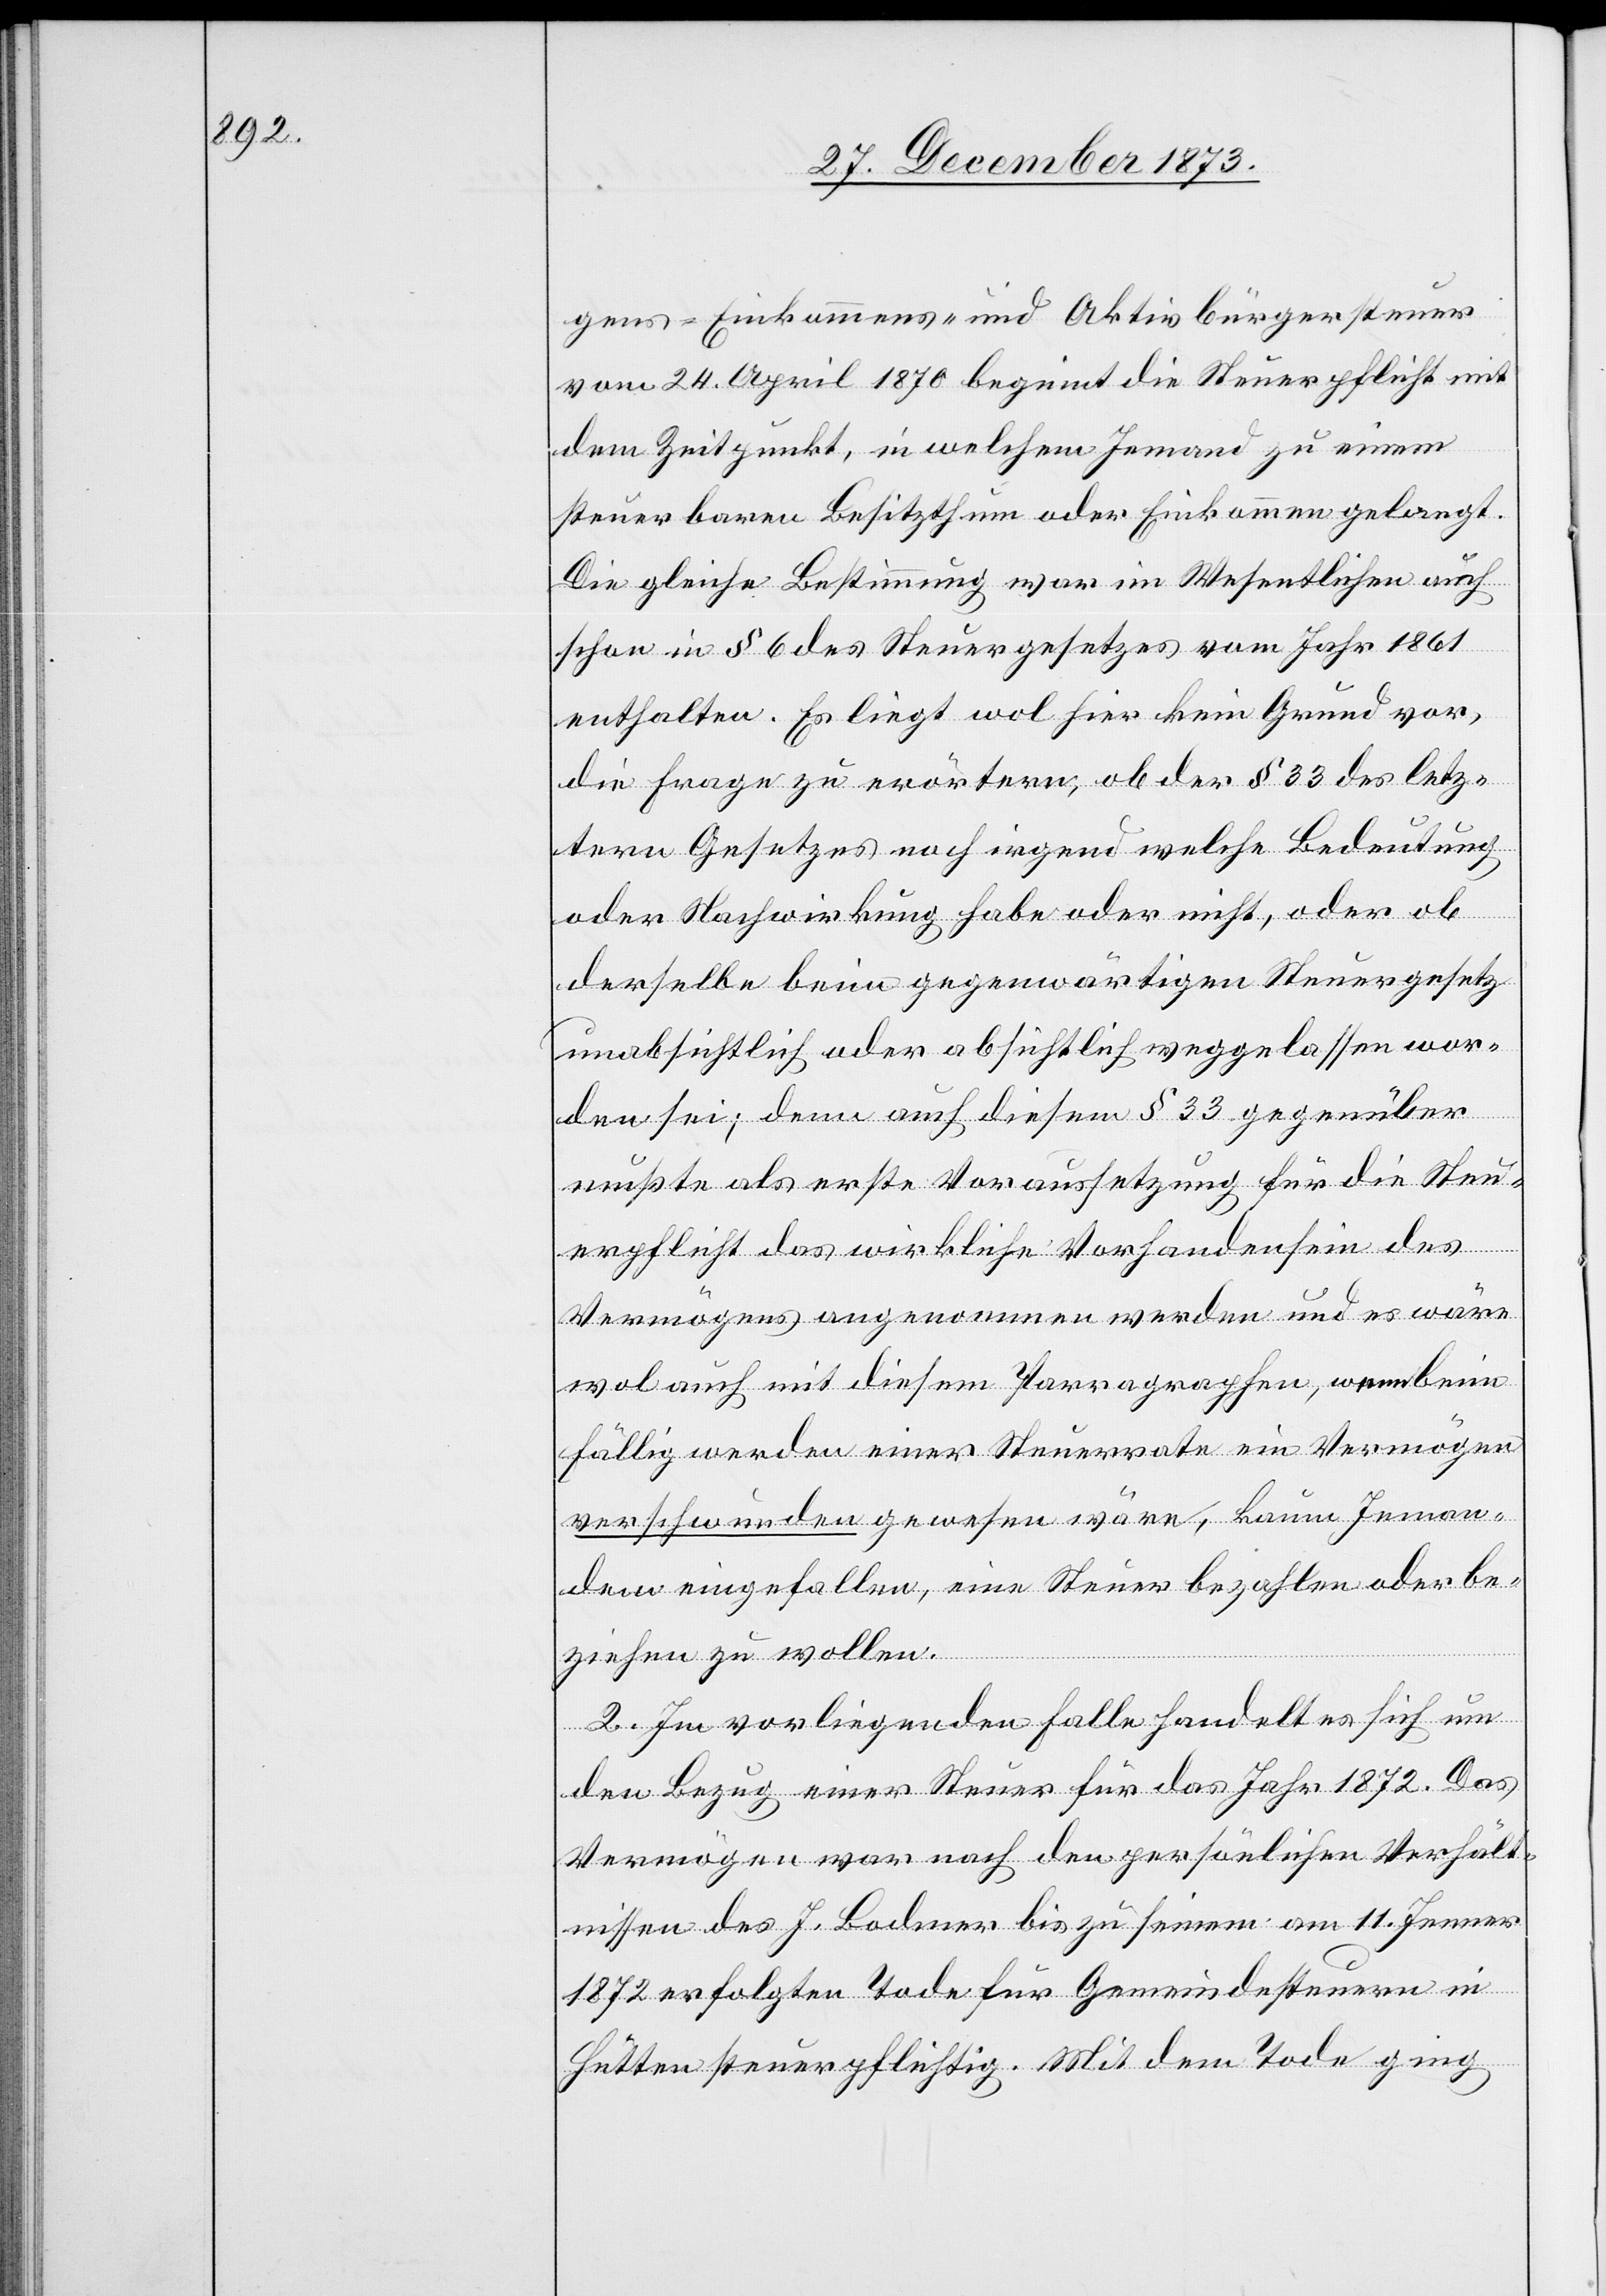
gens- Einkommens- und Aktivbürgersteuer
vom 24. April 1870 beginnt die Steuerpflicht mit
dem Zeitpunkt, in welchem Jemand zu einem
steuerbaren Besitzthum oder Einkommen gelangt.
Die gleiche Bestimmung war im Wesentlichen auch
schon in § 6 des Steuergesetzes vom Jahr 1861
enthalten. Es liegt wol hier kein Grund vor,
die Frage zu erörtern, ob der § 33 des letz¬
tern Gesetzes noch irgend welche Bedeutung
oder Nachwirkung habe oder nicht, oder ob
derselbe beim gegenwärtigen Steuergesetz
unabsichtlich oder absichtlich weggelassen wor¬
den sei; denn auch diesem § 33 gegenüber
mußte als erste Voraussetzung für die Steu¬
erpflicht das wirkliche Vorhandensein des
Vermögens angenommen werden und es wäre
wol auch mit diesem Parragraphen, wenn beim
Fällig werden einer Steuerrate ein Vermögen
verschwunden gewesen wäre, kaum Jeman¬
dem eingefallen, eine Steuer bezahlen oder be¬
ziehen zu wollen.
2. Im vorliegenden Falle handelt es sich um
den Bezug einer Steuer für das Jahr 1872. Das
Vermögen war nach den persönlichen Verhält¬
nissen des J. Bodmer bis zu seinem am 11. Jenner
1872 erfolgten Tode für Gemeindesteuern in
Hütten steuerpflichtig. Mit dem Tode ging